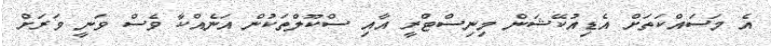
އެ މަސައްކަތަށް އެޑިއުކޭޝަން މިނިސްޓްރީ އާއި ސްކޫލްތަކުން އަނެއްކާ ވެސް ވަނީ ވަރަށް